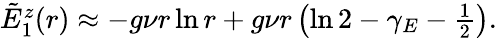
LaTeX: \begin{array}{r}{\tilde{E}_{1}^{z}(r)\approx-g\nu r\ln r+g\nu r\left(\ln 2-\gamma_{E}-\frac{1}{2}\right).}\end{array}